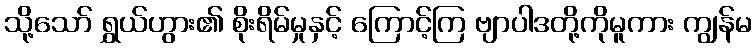
သို့သော် ရွှယ်ဟွား၏ စိုးရိမ်မှုနှင့် ကြောင့်ကြ ဗျာပါဒတို့ကိုမူကား ကျွန်မ